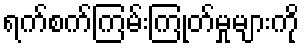
ရက်စက်ကြမ်းကြုတ်မှုများကို